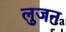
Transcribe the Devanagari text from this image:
लुजन